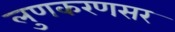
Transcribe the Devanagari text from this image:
लुणकरणसर